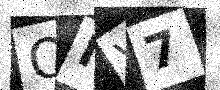
Text: QIV7